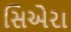
સિએરા